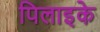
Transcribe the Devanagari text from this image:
पिलाइके